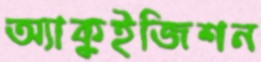
অ্যাকুইজিশন